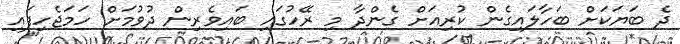
ދެ ބަޔަކަށް ބަހާލައިގެން ކުރިއަށް ގެންދާ މި ރޭހުގައި ބައިވެރިން ދުވުމަށް ހަމަޖެހިފައި